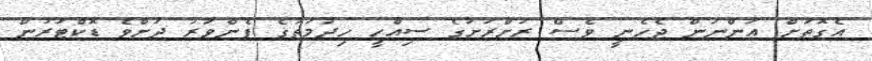
އެގޮތަށް އަންނަން ޖެހެނީ ވެސް ރަށްރަށުގެ ސިއްހީ ހިދުމަތުގެ ފެންވަރު ދަށްވެ ޑޮކްޓަރުން